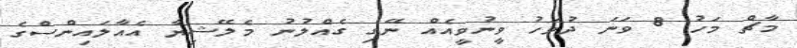
މާޗް މަހު 8 ވަނަ ދުވަހު ވީނުވީއެއް ނޭގި ގެއްލުނު މެލޭޝިޔާ އެއާލައިންސްގެ